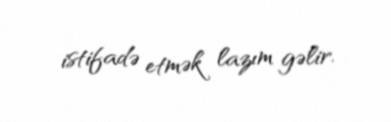
istifadə etmək lazım gəlir.